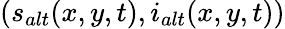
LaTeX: (s_{alt}(x,y,t),i_{alt}(x,y,t))